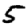
Digit: 5